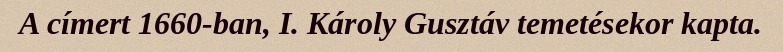
A címert 1660-ban, I. Károly Gusztáv temetésekor kapta.